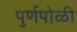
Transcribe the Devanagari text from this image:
पुर्णपोळी